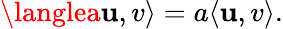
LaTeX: \langlea\mathbf{u},v\rangle=a\langle\mathbf{u},v\rangle.